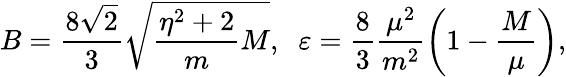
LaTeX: B=\frac{8\sqrt{2}}{3}\sqrt{\frac{\eta^{2}+2}{m}M},\; \; \varepsilon=\frac{8}{3}\frac{\mu^{2}}{m^{2}}\left(1-\frac{M}{\mu}\right),